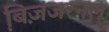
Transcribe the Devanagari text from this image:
बि़ज़जरनल